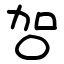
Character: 㔔